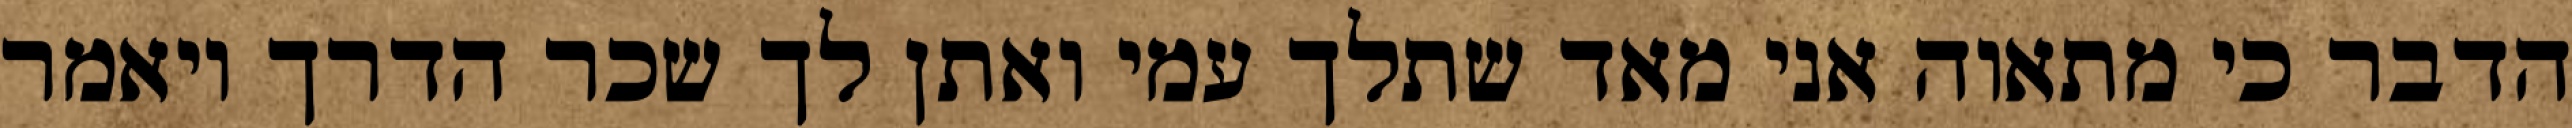
הדבר כי מתאוה אני מאד שתלך עמי ואתן לך שכר הדרך ויאמר